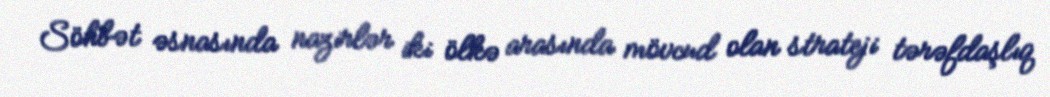
Söhbət əsnasında nazirlər iki ölkə arasında mövcud olan strateji tərəfdaşlıq